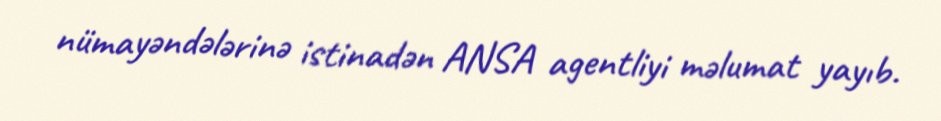
nümayəndələrinə istinadən ANSA agentliyi məlumat yayıb.